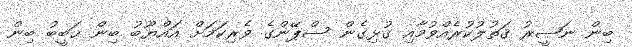
ބިން ނަޞީރު ޤަތުލުކުރެއްވުމާއި ގުޅިގެން ސްޕޭންގެ ވެރިކަމަށް އައްޔޫބު ބިން ޙަބީބު ބިން